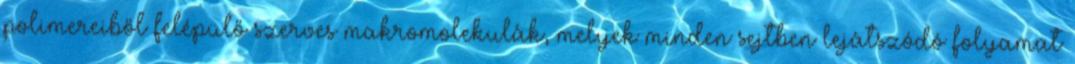
polimereiből felépülő szerves makromolekulák, melyek minden sejtben lejátszódó folyamat